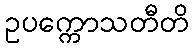
ဥပက္ကောသတီတိ